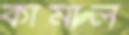
কামাল